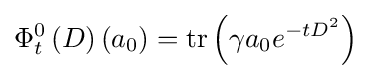
\Phi _{t}^{0}\left(D\right)\left(a_{0}\right)=\mathrm {tr} \left(\gamma a_{0}e^{-tD^{2}}\right)